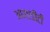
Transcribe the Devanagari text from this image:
आरएडीटी